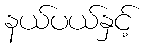
နယ်ပယ်နှင့်